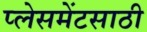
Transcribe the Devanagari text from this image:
प्लेसमेंटसाठी